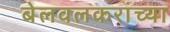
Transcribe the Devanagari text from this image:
बेलवलकरांच्या